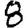
Digit: 8